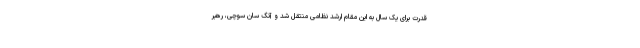
قدرت برای یک سال به این مقام ارشد نظامی منتقل شد و آنگ سان سوچی، رهبر